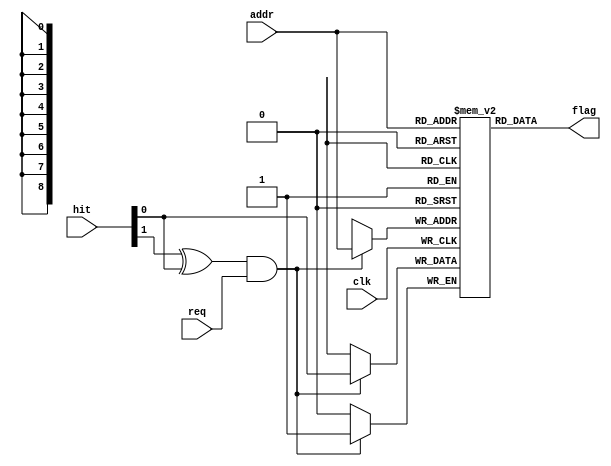
`timescale 1ns / 1ps
//////////////////////////////////////////////////////////////////////////////////
// Company: 
// Engineer: 
// 
// Design Name: 
// Module Name: CacheFlags
// Project Name: 
// Target Devices: 
// Tool Versions: 
// Description: 
// 
// Dependencies: 
// 
// Revision:
// Revision 0.01 - File Created
// Additional Comments:
// 
//////////////////////////////////////////////////////////////////////////////////
module CacheLRUBit(
	input clk, input req,
	input [8:0] addr, input [1:0] hit, output flag
);
	//Output: 0 for entryB, 1 for entryA least-recently used.

	reg data[511:0];
	wire we = (hit[1] ^ hit[0]) & req;
	always @ (posedge clk)
		if(we) data[addr] <= hit[0];
	assign flag = data[addr];

	integer i;
	initial for(i = 0; i < 512; i = i+1) data[i] <= 1'b0;
	
endmodule

module DCacheTag(
	input clka, input [1:0] wea, input [8:0] addra,
	input [35:0] dina, output reg [35:0] douta
);
	
	reg [35:0] data[511:0];
	
	wire [3:0] _wea = {wea[1], wea[1], wea[0], wea[0]};
	always @ (posedge clka)
	begin
		if(_wea[0]) data[addra][ 8: 0] = dina[ 8: 0];
		if(_wea[1]) data[addra][17: 9] = dina[17: 9];
		if(_wea[2]) data[addra][26:18] = dina[26:18];
		if(_wea[3]) data[addra][35:27] = dina[35:27];
		douta <= data[addra];
	end

	integer i;
	initial for(i = 0; i < 512; i = i+1) data[i] <= 36'h000040000;
	
endmodule

module ICacheTag (
	input clka, input [1:0] wea, input [8:0] addra, input [35:0] dina, output [35:0] douta,
	input [8:0] addrb, output [35:0] doutb
);
	
	reg [35:0] data[511:0];
	
	always @ (posedge clka)
	begin
		if(wea[0]) data[addra][17: 0] = dina[17: 0];
		if(wea[1]) data[addra][35:18] = dina[35:18];
	end
	assign douta = data[addra];
	assign doutb = data[addrb];

	integer i;
	initial for(i = 0; i < 512; i = i+1) data[i] <= 36'h000040000;
	
endmodule